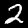
Digit: 2